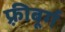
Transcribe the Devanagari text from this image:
फ़्रीबूर्ग